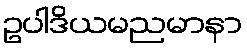
ဥပါဒိယမညမာနာ